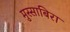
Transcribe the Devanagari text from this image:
मुस्साबिरा